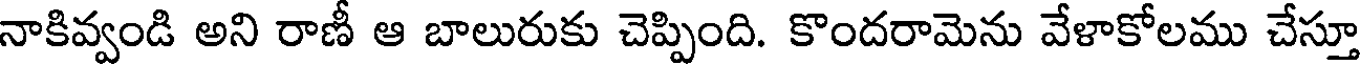
నాకివ్వండి అని రాణీ ఆ బాలురుకు చెప్పింది. కొందరామెను వేళాకోలము చేస్తూ